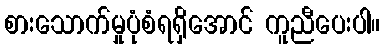
စားသောက်မှုပုံစံရရှိအောင် ကူညီပေးပါ။